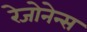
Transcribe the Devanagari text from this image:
रेजोनेन्स